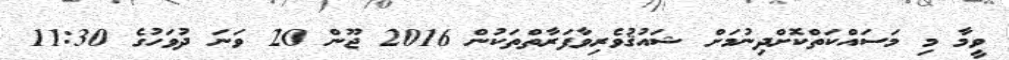
ވީމާ މި މަސައްކަތްކޮށްދިނުމަށް ޝައުޤުވެރިވާފަރާތްތަކުން 2016 ޖޫން 20 ވަނަ ދުވަހުގެ 11:30